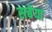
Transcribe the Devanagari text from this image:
सबेया